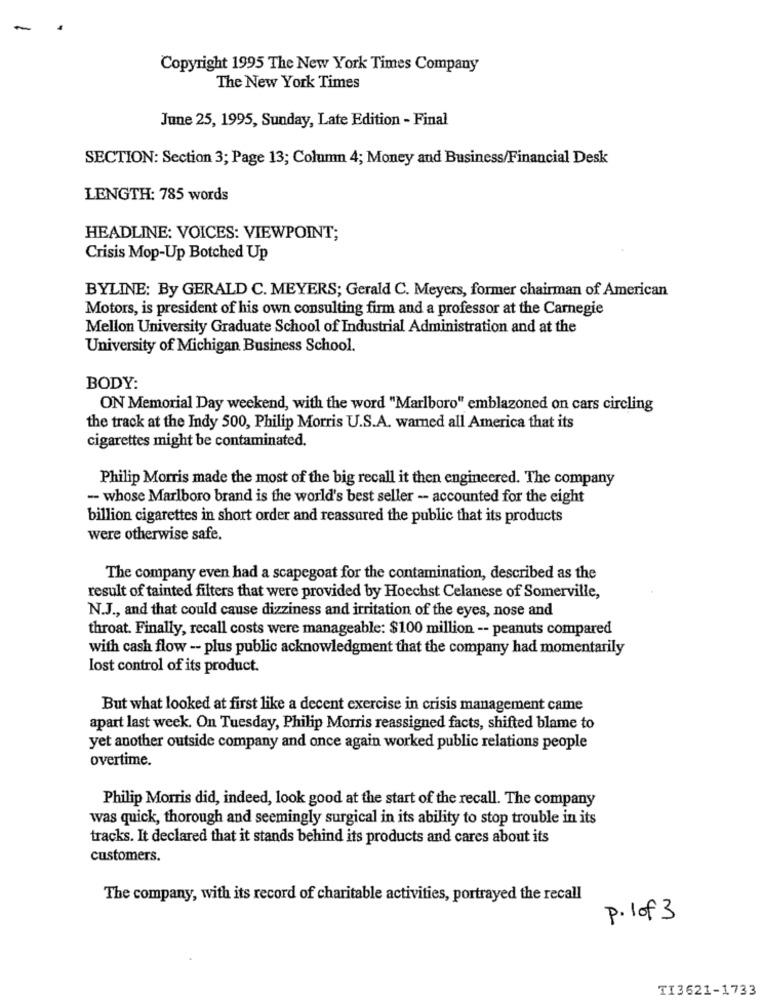
-
Copyright 1995 The New York Times Company
The New York Times
June 25, 1995, Sunday, Late Edition - Final
SECTION: Section 3; Page 13; Column 4; Money and Business/Financial Desk
LENGTH: 785 words
HEADLINE: VOICES: VIEWPOINT;
Crisis Mop-Up Botched Up
BYLINE: By GERALD C. MEYERS; Gerald C. Meyers, former chairman of American
Motors, is president of his own consulting firm and a professor at the Carnegie
Mellon University Graduate School of Industrial Administration and at the
University of Michigan Business School.
BODY:
ON Memorial Day weekend, with the word "Marlboro" emblazoned on cars circling
the track at the Indy 500, Philip Morris U.S.A. warned all America that its
cigarettes might be contaminated.
Philip Morris made the most of the big recall it then engineered. The company
- whose Marlboro brand is the world's best seller - accounted for the eight
billion cigarettes in short order and reassured the public that its products
were otherwise safe.
The company even had a scapegoat for the contamination, described as the
result of tainted filters that were provided by Hoechst Celanese of Somerville,
N.J ., and that could cause dizziness and irritation of the eyes, nose and
throat. Finally, recall costs were manageable: $100 million -- peanuts compared
with cash flow - plus public acknowledgment that the company had momentarily
lost control of its product.
But what looked at first like a decent exercise in crisis management came
apart last week. On Tuesday, Philip Morris reassigned facts, shifted blame to
yet another outside company and once again worked public relations people
overtime.
Philip Morris did, indeed, look good at the start of the recall. The company
was quick, thorough and seemingly surgical in its ability to stop trouble in its
tracks. It declared that it stands behind its products and cares about its
customers.
The company, with its record of charitable activities, portrayed the recall
P. 1 of 3
TI3621-1733